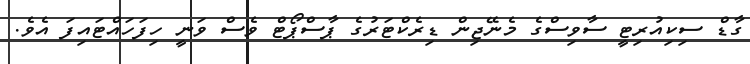
ގާޑް ސިކިއުރިޓީ ސާވިސްގެ މެނޭޖިން ޑިރެކްޓަރުގެ ޕާސްޕޯޓް ވެސް ވަނީ ހިފަހައްޓައިފަ އެވެ.